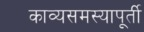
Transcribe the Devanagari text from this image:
काव्यसमस्यापूर्ती